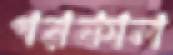
পরকাল